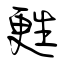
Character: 甦